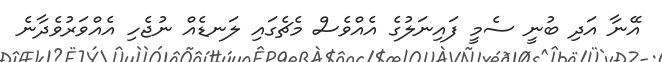
އޭނާ އަދި ބުނީ ސެމީ ފައިނަލުގެ އެއްވެސް މެޗެގައި ލަނޑެއް ނުޖެހި އެއްވަރުވެދާނެ